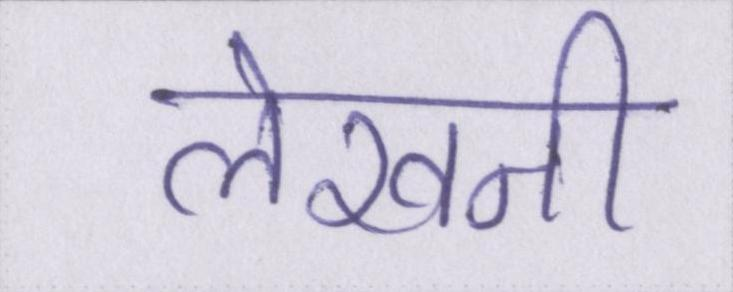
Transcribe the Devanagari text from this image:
लेखनी